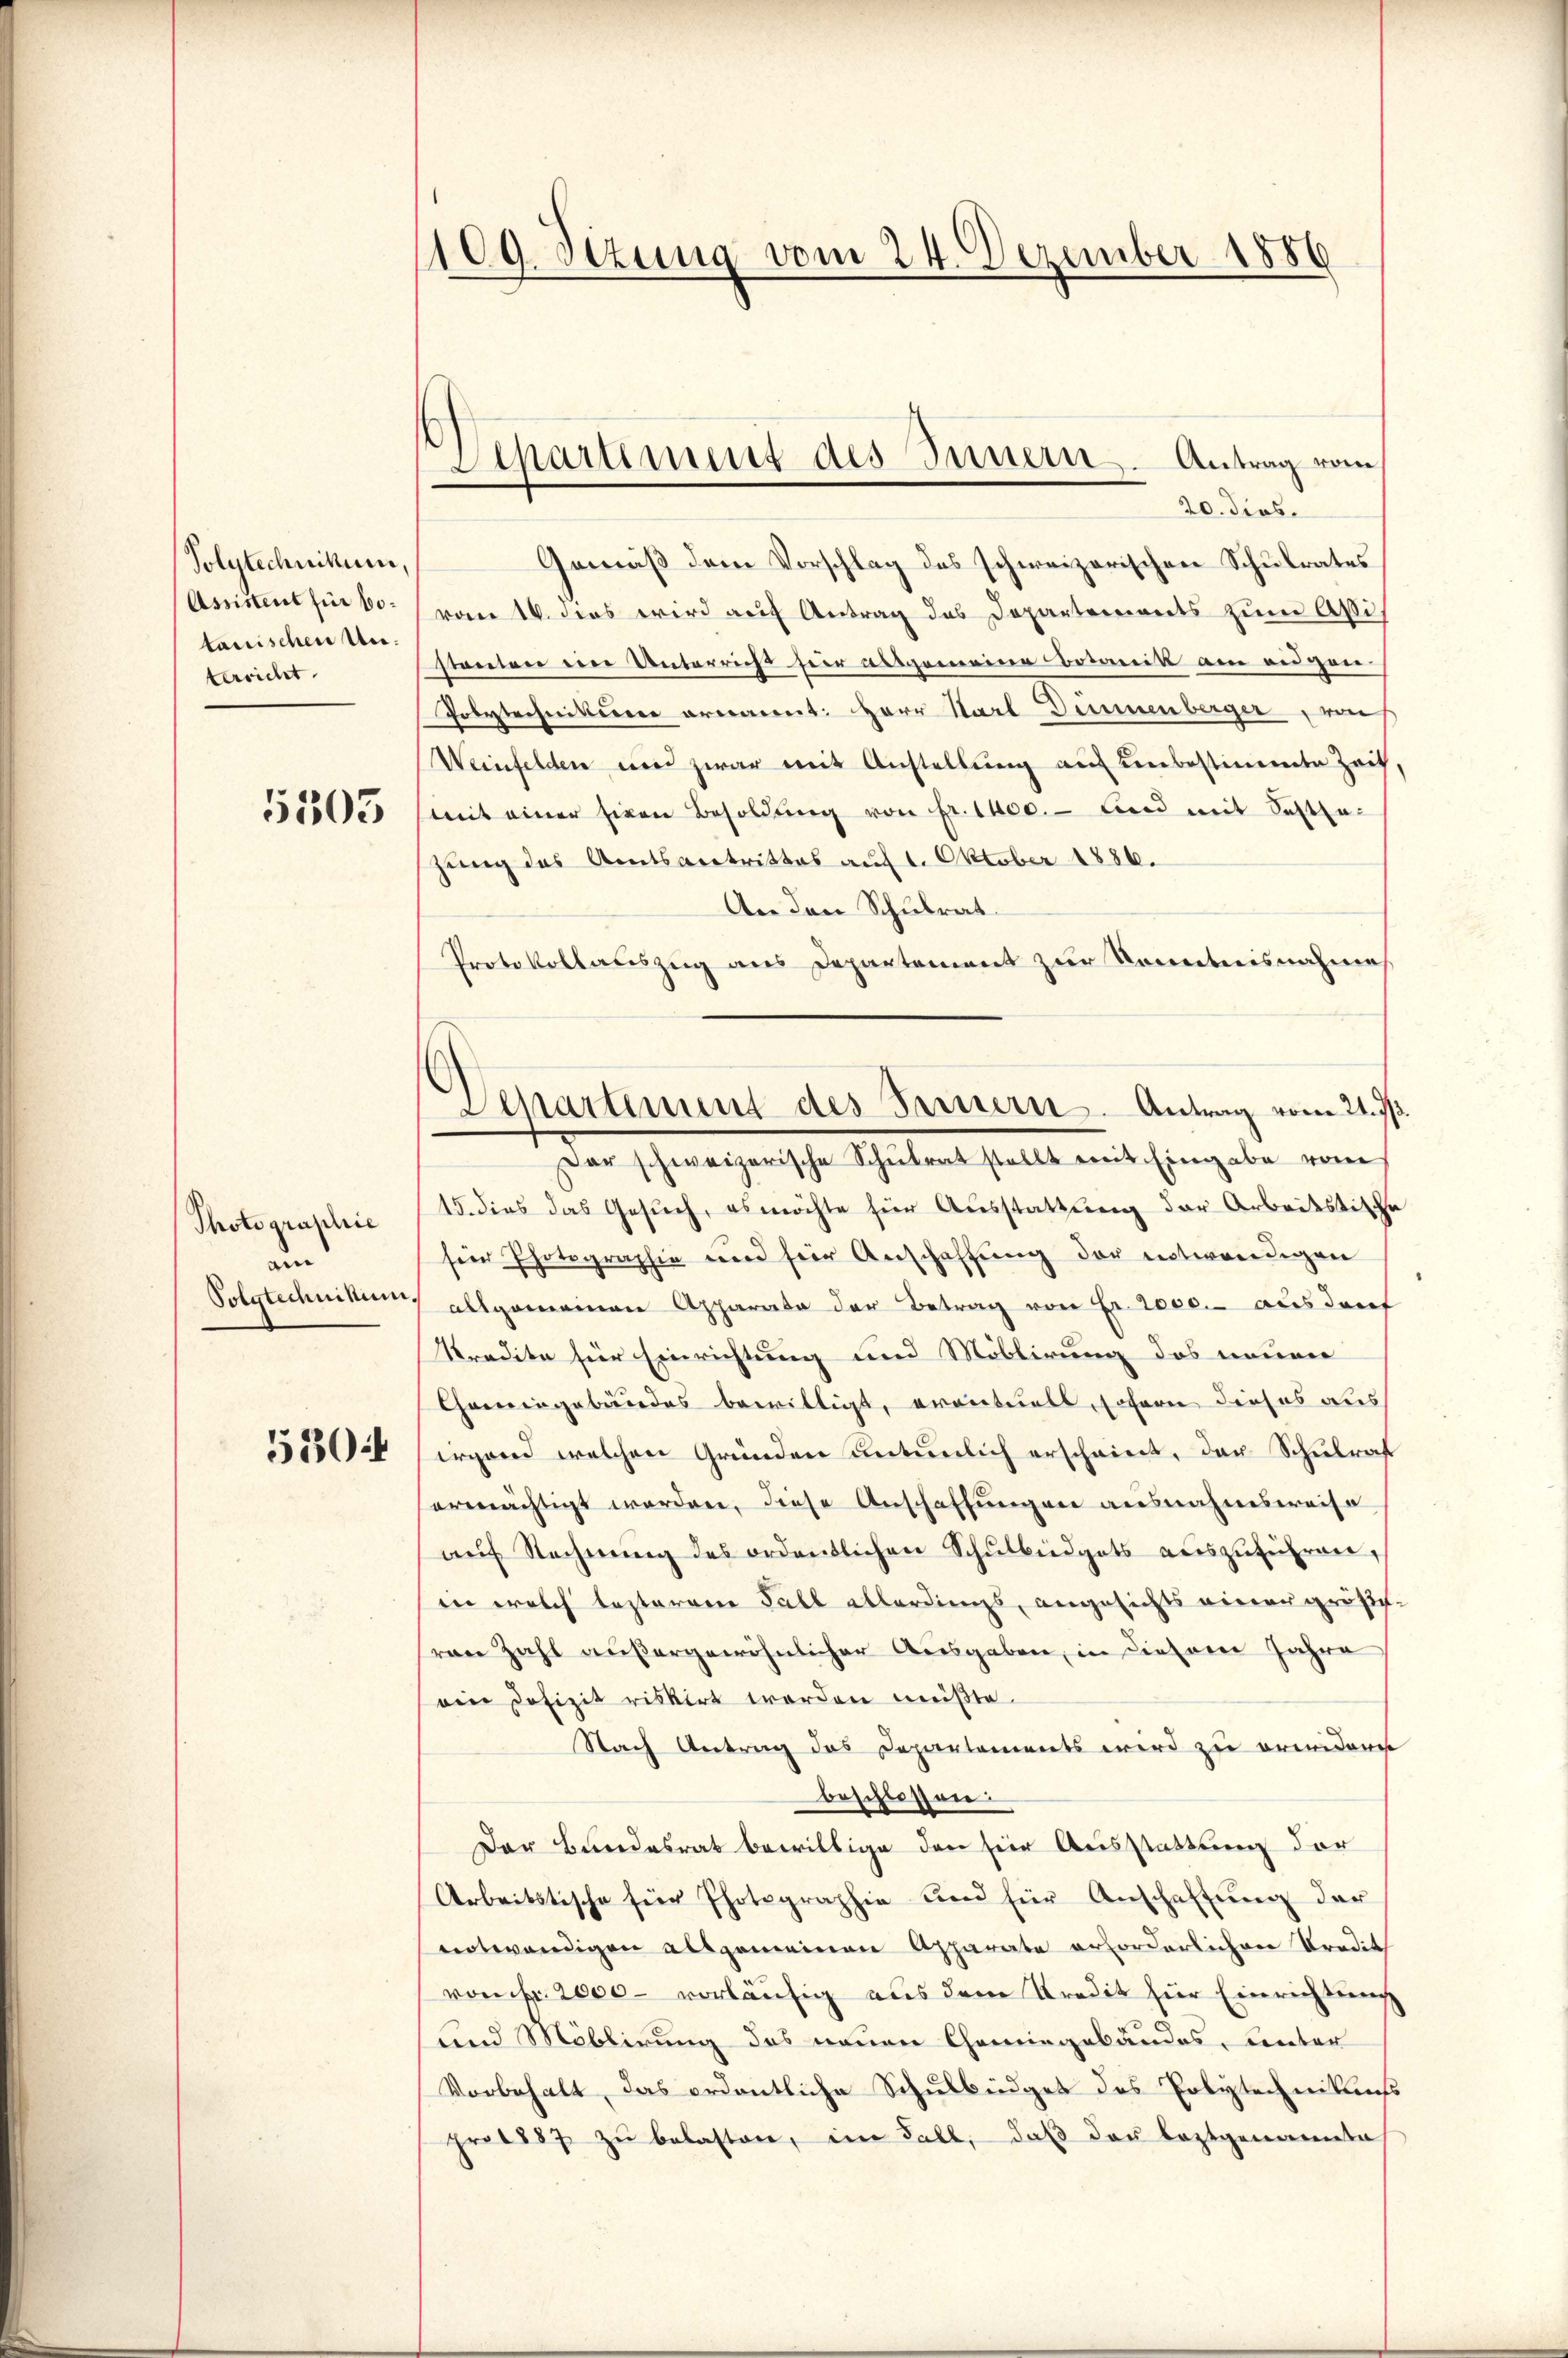
Polytechnikum,
Assistent für 60.
tanischen Unterricht

5303

Photographie
und
Polytechnikum.
5304

109. Sezung vom 24. Dezember 1886

Separtiment des Innern. Antrag vom
20. dies

Gemäß dem Vorschlag des schweizerischen Schulrates
vom 16. dies wird auf Antrag des Departements zum Aßistanten eine Unterricht fiir ausgemeine Botanik am eidgen
Polytechnikum ernannt: Herr Starl Deinenberger ein
Weinfelden und zwar mit Anstellung auf unbestimmte Zeit,
mit einer siven Besoldŭng von Fr. 1400.- und mit Sattla-
zung des Amtsantrittes auf 1. Oktober 1886.
An den Schulrat
Protokollauszug aus Departement zur Kenntnisnahme
sar schweizerische Schŭlrat stellt mit Eingabe vom
15. dies das Gesŭch, es möchte für Aŭsstattung der Arbeitstische
ser Photographie und für Anschaffung der entwendigen
Allgemeinen Apparata der Betrag von Fr. 2000.- aus den
kredite für Einrichtung und Möblirung des neuen
Chemingebundes bewilligt, eventuels, sofern dieses aus
irgend welchen Gründen untenlich erscheint, der Schulrat
ermächtigt worden, diese Anschaffungen ausnahmsweise
aŭf Rechnŭng des ordentlichen Schŭlbüdgets auszuführen,
in welch besterren Fall allerdings, angesichts einer größevan Zahl außergewöhnlicher Ausgaben, in diesem Jahre
ein Dofizit riskirt werden müßte.
Nach Antrag das Departements wird zu ermeidene
beschlossen:
Der Bundesrat bewillige den hier Ausstattung der
Arbeitstische für Photographie und für Anschaftung der
entwendigen allgemeinen Apparate erforderlichen Predit
von Fr. 2000 - vorläufig aus dem Kredit hier Einrichtung
und Möblirung des neuen Chemingebäudes, unter
Vorbehalt, das ordentliche Schulbüdget des Polytechnikumss
pro 1887 zu belasten, im Fall, daß der leztgenannte

Separtiment des Innern. Antrag vom 21. J.